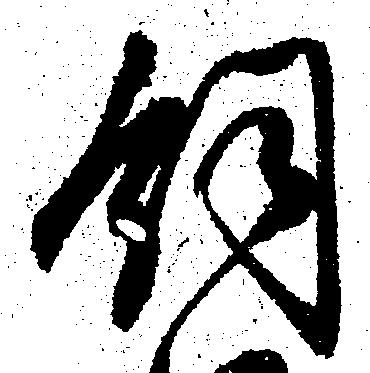
飼